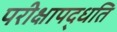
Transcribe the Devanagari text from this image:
परीक्षापद्धति